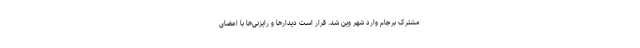
مشترک برجام وارد شهر وین شد. قرار است دیدارها و رایزنی‌ها با اعضای